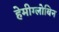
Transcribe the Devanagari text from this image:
हेमीग्लोबिन